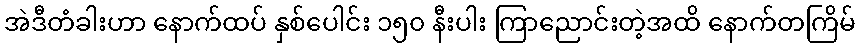
အဲဒီတံခါးဟာ နောက်ထပ် နှစ်ပေါင်း ၁၅၀ နီးပါး ကြာညောင်းတဲ့အထိ နောက်တကြိမ်